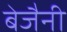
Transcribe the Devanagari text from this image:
बेजैनी